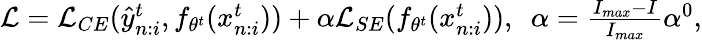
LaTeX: \begin{array}{r}{\mathcal{L}=\mathcal{L}_{CE}(\hat{y}_{n:i}^{t},f_{\theta^{t}}(x_{n:i}^{t}))+\alpha\mathcal{L}_{SE}(f_{\theta^{t}}(x_{n:i}^{t})),~~\alpha=\frac{I_{max}-I}{I_{max}}{\alpha^{0}},}\end{array}